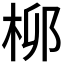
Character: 𬂪